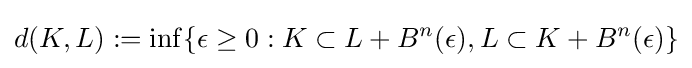
d(K,L):=\inf\{\epsilon \geq 0:K\subset L+B^{n}(\epsilon ),L\subset K+B^{n}(\epsilon )\}